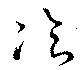
飽